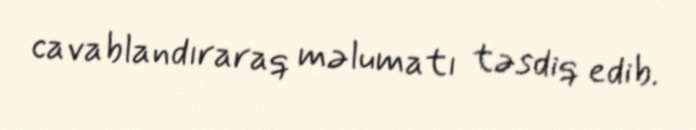
cavablandıraraq məlumatı təsdiq edib.